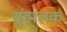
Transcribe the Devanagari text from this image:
शुंडालक